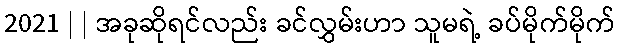
2021 | | အခုဆိုရင်လည်း ခင်လွှမ်းဟာ သူမရဲ့ ခပ်မိုက်မိုက်